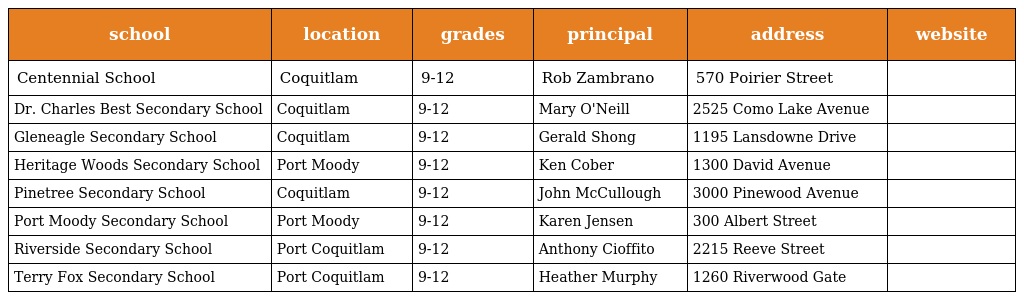
| school | location | grades | principal | address | website |
 | --- | --- | --- | --- | --- | --- |
 | Centennial School | Coquitlam | 9-12 | Rob Zambrano | 570 Poirier Street |  |
 | Dr. Charles Best Secondary School | Coquitlam | 9-12 | Mary O'Neill | 2525 Como Lake Avenue |  |
 | Gleneagle Secondary School | Coquitlam | 9-12 | Gerald Shong | 1195 Lansdowne Drive |  |
 | Heritage Woods Secondary School | Port Moody | 9-12 | Ken Cober | 1300 David Avenue |  |
 | Pinetree Secondary School | Coquitlam | 9-12 | John McCullough | 3000 Pinewood Avenue |  |
 | Port Moody Secondary School | Port Moody | 9-12 | Karen Jensen | 300 Albert Street |  |
 | Riverside Secondary School | Port Coquitlam | 9-12 | Anthony Cioffito | 2215 Reeve Street |  |
 | Terry Fox Secondary School | Port Coquitlam | 9-12 | Heather Murphy | 1260 Riverwood Gate |  |